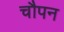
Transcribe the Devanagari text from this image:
चौपन